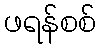
ဖရန်စစ်